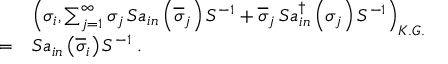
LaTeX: \begin{array} { l l l } { { } } & { { \ } } & { { \left( \sigma _ { i } , \sum _ { j = 1 } ^ { \infty } \sigma _ { j } \, S a _ { i n } \left( \overline { { { \sigma } } } _ { j } \right) S ^ { - 1 } + \overline { { { \sigma } } } _ { j } \, S a _ { i n } ^ { \dagger } \left( \sigma _ { j } \right) S ^ { - 1 } \right) _ { K . G . } } } \\ { { } } & { { = } } & { { S a _ { i n } \left( \overline { { { \sigma } } } _ { i } \right) S ^ { - 1 } \; . } } \end{array}